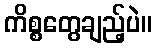
ကိစ္စတွေချည့်ပဲ။